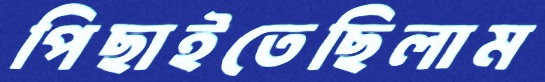
পিছাইতেছিলাম